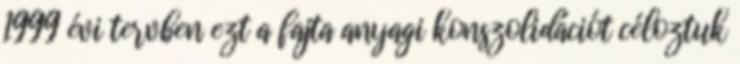
1999 évi tervben ezt a fajta anyagi konszolidációt céloztuk